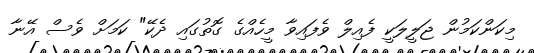
މިކަންކަމުން ޖަލީލަކީ ފެއިލް ވެފައިވާ މީހެއްގެ ގޮތުގައި ދެކޭ" ކަމަށް ވެސް އޭނާ